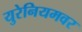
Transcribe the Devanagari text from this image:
युरेनियमवर